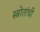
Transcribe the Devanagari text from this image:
स्त्रोतांची